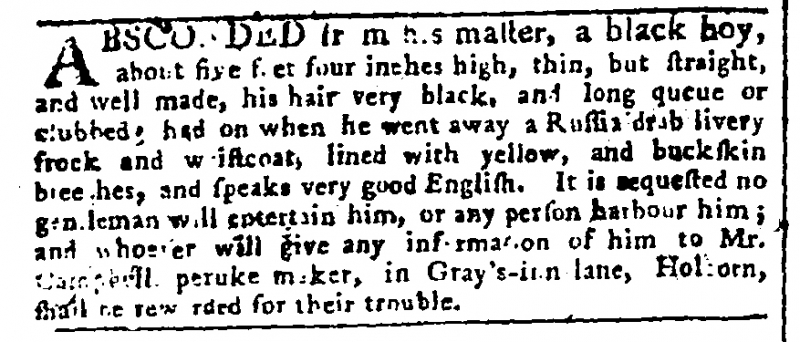
Gazetteer and New Daily Advertiser, 29 May 1772 (England)
ABSCONDED from his master, a black boy, about five feet four inches high, thin, but straight, and well made, his hair very black, and long queue or clubbed; had on when he went away a Russia drab livery frock and waistcoat, lined with yellow, and buckskin breeches, and speaks very good English. It is requested no gentleman will entertain him, or any person harbour him; and whoever will give any information of him to Mr. Campbell peruke maker, in Gray’s-inn lane, Holborn, shall be rewarded for their trouble.